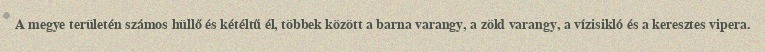
A megye területén számos hüllő és kétéltű él, többek között a barna varangy, a zöld varangy, a vízisikló és a keresztes vipera.